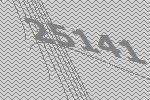
25141